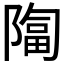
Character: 𫕑